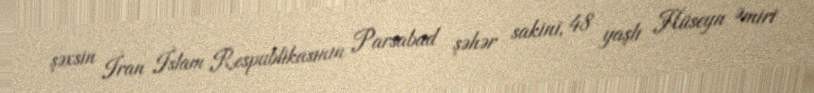
şəxsin İran İslam Respublikasının Parsabad şəhər sakini, 48 yaşlı Hüseyn Əmiri